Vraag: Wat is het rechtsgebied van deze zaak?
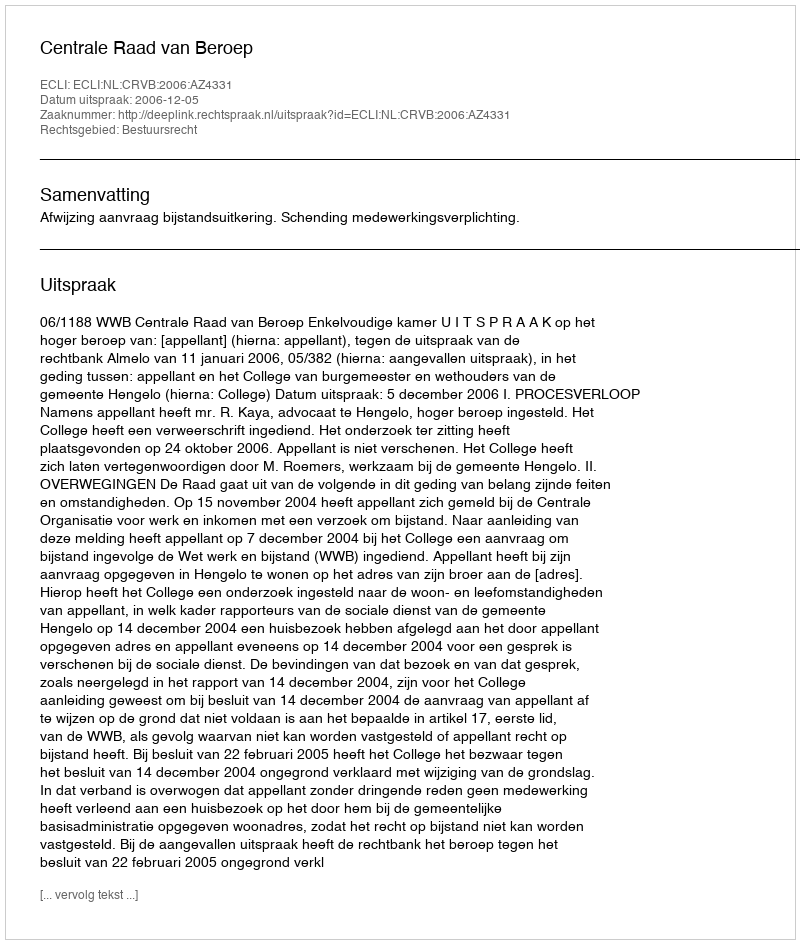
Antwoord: Bestuursrecht